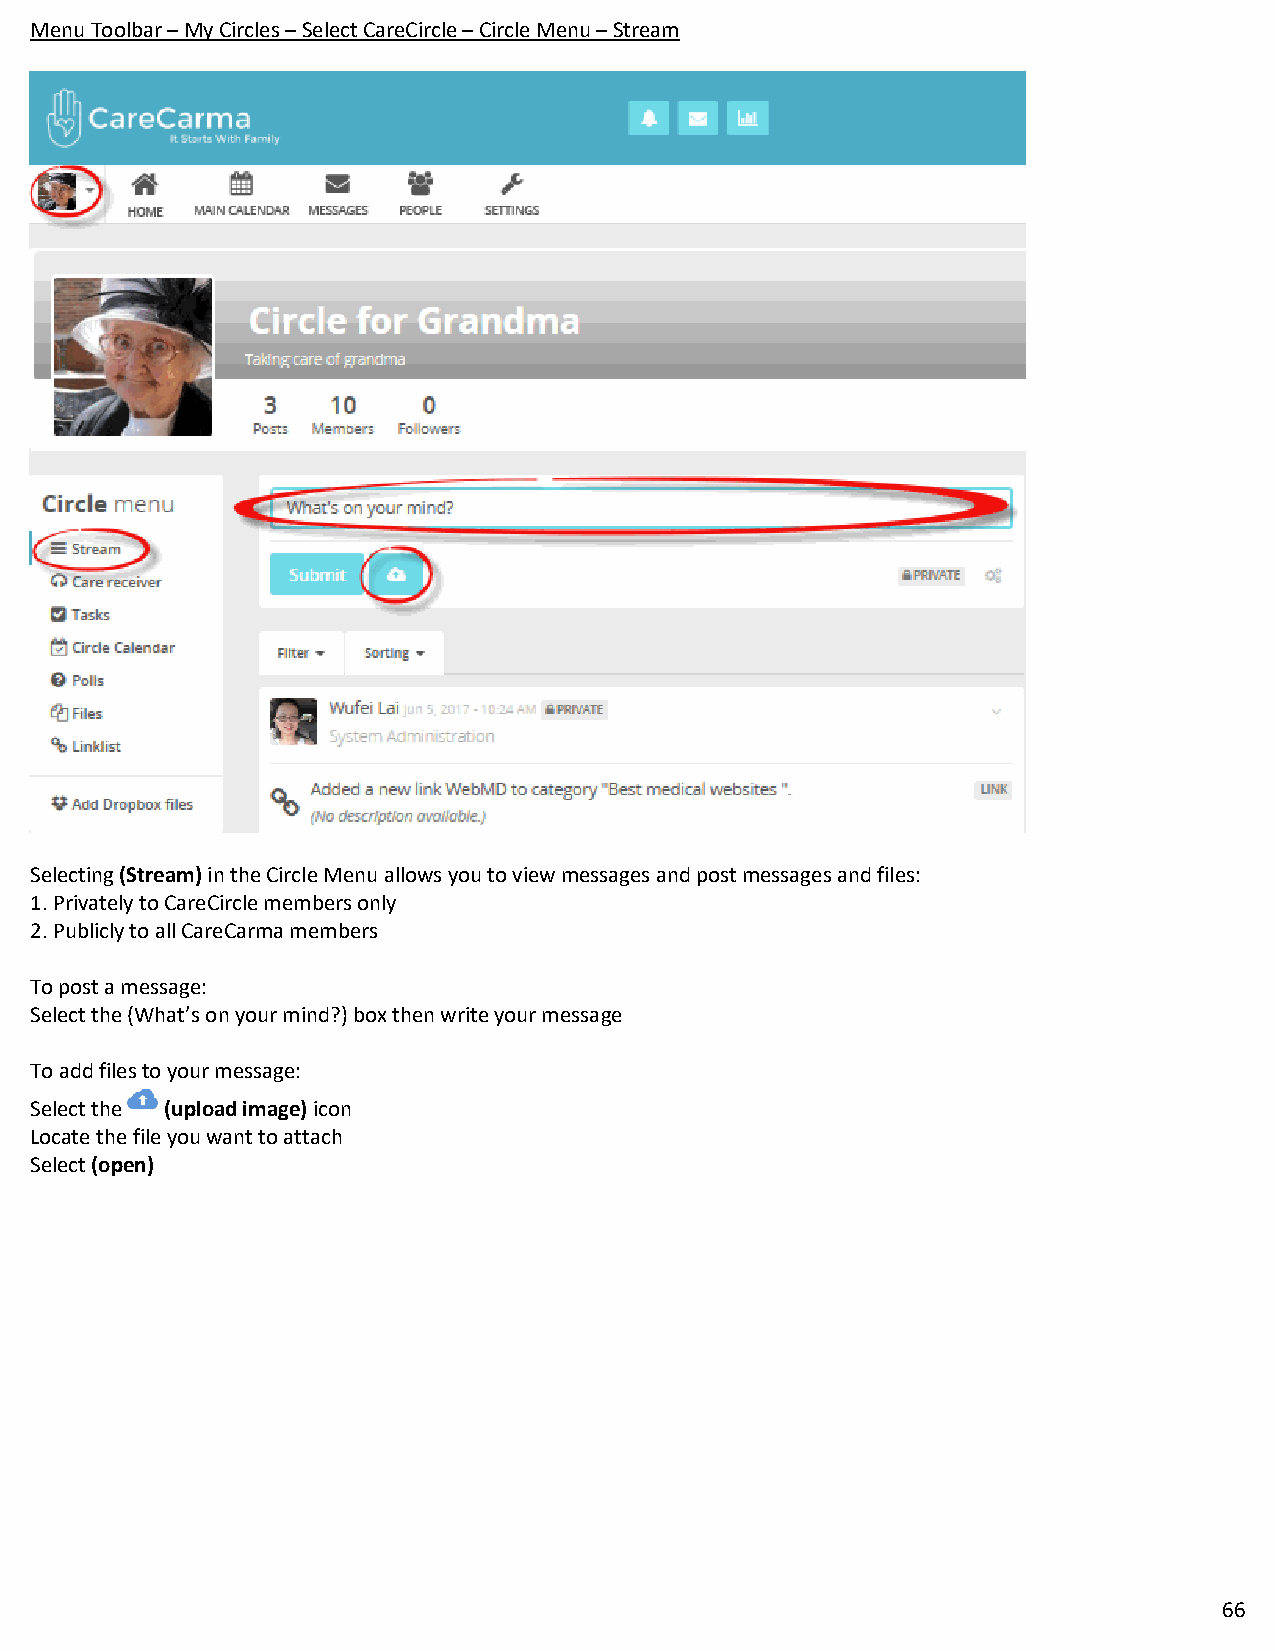
Menu Toolbar – My Circles – Select CareCircle – Circle Menu – Stream
 Selecting (Stream) in the Circle Menu allows you to view messages and post messages and files:
 1. Privately to CareCircle members only
 2. Publicly to all CareCarma members
 To post a message:
 Select the (What’s on your mind?) box then write your message
 To add files to your message:
 Select the (upload image) icon
 Locate the file you want to attach
 Select (open)
 66